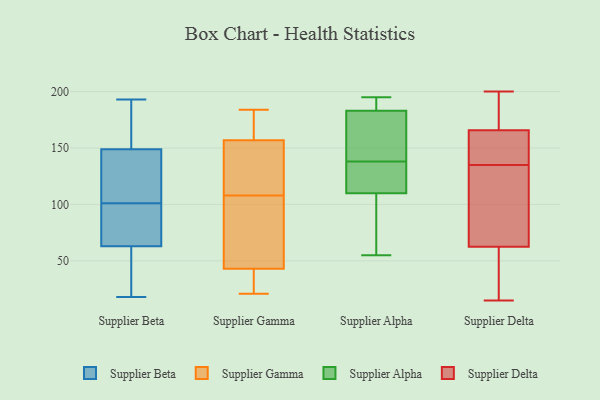
{"axis": {"x": "Market Share (%)", "y": "Value"}, "legend": ["Supplier Alpha", "Supplier Beta", "Supplier Delta", "Supplier Gamma"], "data": [{"x": "", "y": 36, "type": "Supplier Beta"}, {"x": "", "y": 173, "type": "Supplier Beta"}, {"x": "", "y": 61, "type": "Supplier Beta"}, {"x": "", "y": 102, "type": "Supplier Beta"}, {"x": "", "y": 141, "type": "Supplier Beta"}, {"x": "", "y": 131, "type": "Supplier Beta"}, {"x": "", "y": 53, "type": "Supplier Beta"}, {"x": "", "y": 80, "type": "Supplier Beta"}, {"x": "", "y": 100, "type": "Supplier Beta"}, {"x": "", "y": 43, "type": "Supplier Beta"}, {"x": "", "y": 176, "type": "Supplier Beta"}, {"x": "", "y": 18, "type": "Supplier Beta"}, {"x": "", "y": 118, "type": "Supplier Beta"}, {"x": "", "y": 193, "type": "Supplier Beta"}, {"x": "", "y": 65, "type": "Supplier Beta"}, {"x": "", "y": 157, "type": "Supplier Beta"}, {"x": "", "y": 70, "type": "Supplier Beta"}, {"x": "", "y": 128, "type": "Supplier Beta"}, {"x": "", "y": 183, "type": "Supplier Beta"}, {"x": "", "y": 70, "type": "Supplier Beta"}, {"x": "", "y": 21, "type": "Supplier Gamma"}, {"x": "", "y": 184, "type": "Supplier Gamma"}, {"x": "", "y": 49, "type": "Supplier Gamma"}, {"x": "", "y": 28, "type": "Supplier Gamma"}, {"x": "", "y": 158, "type": "Supplier Gamma"}, {"x": "", "y": 172, "type": "Supplier Gamma"}, {"x": "", "y": 41, "type": "Supplier Gamma"}, {"x": "", "y": 154, "type": "Supplier Gamma"}, {"x": "", "y": 108, "type": "Supplier Gamma"}, {"x": "", "y": 153, "type": "Supplier Gamma"}, {"x": "", "y": 60, "type": "Supplier Gamma"}, {"x": "", "y": 139, "type": "Supplier Alpha"}, {"x": "", "y": 133, "type": "Supplier Alpha"}, {"x": "", "y": 187, "type": "Supplier Alpha"}, {"x": "", "y": 185, "type": "Supplier Alpha"}, {"x": "", "y": 55, "type": "Supplier Alpha"}, {"x": "", "y": 100, "type": "Supplier Alpha"}, {"x": "", "y": 84, "type": "Supplier Alpha"}, {"x": "", "y": 195, "type": "Supplier Alpha"}, {"x": "", "y": 154, "type": "Supplier Alpha"}, {"x": "", "y": 134, "type": "Supplier Alpha"}, {"x": "", "y": 148, "type": "Supplier Alpha"}, {"x": "", "y": 183, "type": "Supplier Alpha"}, {"x": "", "y": 110, "type": "Supplier Alpha"}, {"x": "", "y": 137, "type": "Supplier Alpha"}, {"x": "", "y": 138, "type": "Supplier Delta"}, {"x": "", "y": 86, "type": "Supplier Delta"}, {"x": "", "y": 58, "type": "Supplier Delta"}, {"x": "", "y": 162, "type": "Supplier Delta"}, {"x": "", "y": 135, "type": "Supplier Delta"}, {"x": "", "y": 33, "type": "Supplier Delta"}, {"x": "", "y": 106, "type": "Supplier Delta"}, {"x": "", "y": 15, "type": "Supplier Delta"}, {"x": "", "y": 76, "type": "Supplier Delta"}, {"x": "", "y": 150, "type": "Supplier Delta"}, {"x": "", "y": 186, "type": "Supplier Delta"}, {"x": "", "y": 167, "type": "Supplier Delta"}, {"x": "", "y": 28, "type": "Supplier Delta"}, {"x": "", "y": 116, "type": "Supplier Delta"}, {"x": "", "y": 28, "type": "Supplier Delta"}, {"x": "", "y": 199, "type": "Supplier Delta"}, {"x": "", "y": 200, "type": "Supplier Delta"}, {"x": "", "y": 172, "type": "Supplier Delta"}, {"x": "", "y": 150, "type": "Supplier Delta"}]}